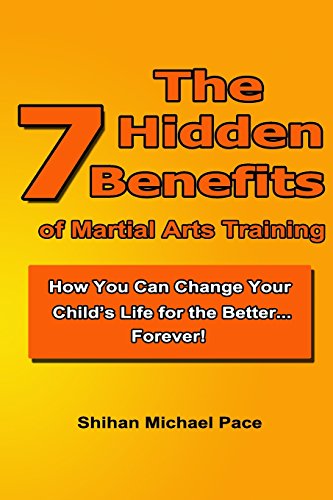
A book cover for The 7 Hidden Benefits of Martial Arts Training: How You Can Change Your Child's Life for the Better...Forever!; Mr Shihan Michael Pace; Teen & Young Adult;